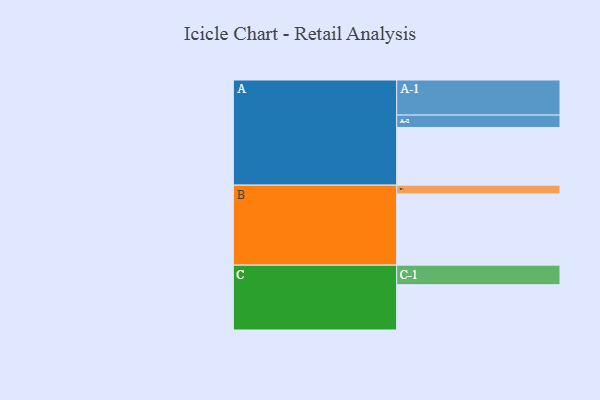
{"axis": {"x": "Segment", "y": "Value"}, "legend": ["", "A", "B", "C"], "data": [{"x": "A", "y": 401, "type": ""}, {"x": "B", "y": 495, "type": ""}, {"x": "C", "y": 315, "type": ""}, {"x": "A-1", "y": 244, "type": "A"}, {"x": "A-2", "y": 86, "type": "A"}, {"x": "B-1", "y": 61, "type": "B"}, {"x": "C-1", "y": 136, "type": "C"}]}